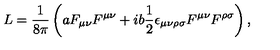
L = \frac { 1 } { 8 \pi } \left( a F _ { \mu \nu } F ^ { \mu \nu } + i b \frac { 1 } { 2 } \epsilon _ { \mu \nu \rho \sigma } F ^ { \mu \nu } F ^ { \rho \sigma } \right) ,